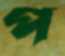
প